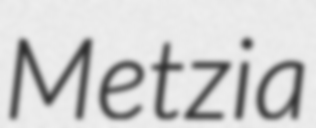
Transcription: Metzia